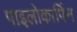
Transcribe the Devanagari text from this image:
पाइलोकार्पिन